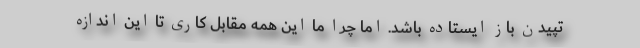
تپیدن باز ایستاده باشد. اما چرا ما این همه مقابل کاری تا این اندازه